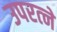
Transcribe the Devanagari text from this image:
उपरत्‍ने